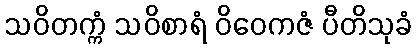
သဝိတက္ကံ သဝိစာရံ ဝိဝေကဇံ ပီတိသုခံ